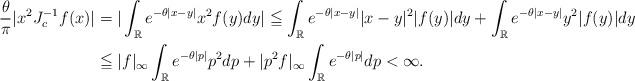
LaTeX: \begin{align*}\frac{\theta}{\pi} |x^2 J_c^{-1}f(x)|&=|\int_{\mathbb R} e^{-\theta|x-y|}x^2 f(y)dy|\leqq \int_{\mathbb R} e^{-\theta |x-y|}|x-y|^2 |f(y)|dy + \int_{\mathbb R} e^{-\theta |x-y|}y^2 |f(y)|dy\\&\leqq |f|_{\infty} \int_{\mathbb R} e^{-\theta |p|}p^2 dp + |p^2 f|_{\infty} \int_{\mathbb R} e^{-\theta |p|}dp <\infty.\end{align*}